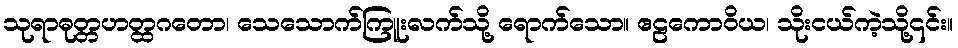
သုရာဓုတ္တဟတ္ထဂတော၊ သေသောက်ကြူးလက်သို့ ရောက်သော။ ဧဠကောဝိယ၊ သိုးငယ်ကဲ့သို့၎င်း။